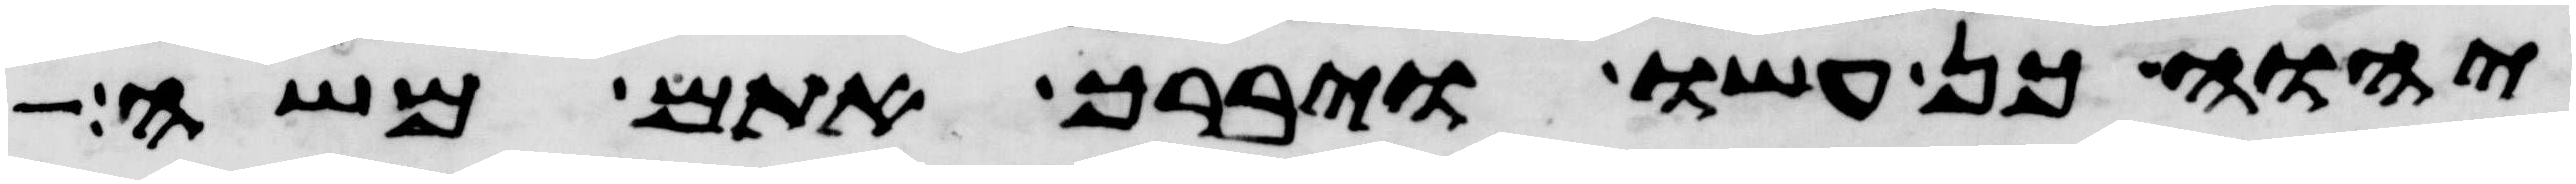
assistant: יהוה כן עשו ויברך אתם משה